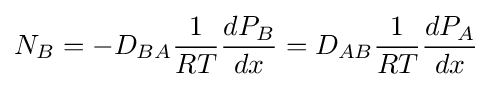
N_{B}=-D_{BA}{\frac {1}{RT}}{\frac {dP_{B}}{dx}}=D_{AB}{\frac {1}{RT}}{\frac {dP_{A}}{dx}}